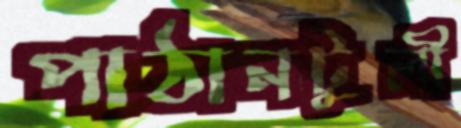
পাঠানটুলী